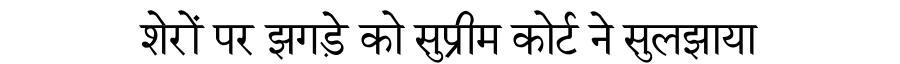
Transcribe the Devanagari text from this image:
शेरों पर झगड़े को सुप्रीम कोर्ट ने सुलझाया